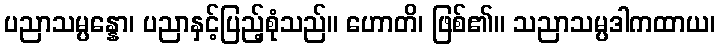
ပညာသမ္ပန္နော၊ ပညာနှင့်ပြည့်စုံသည်။ ဟောတိ၊ ဖြစ်၏။ သညာသမ္ပဒါကထာယ၊